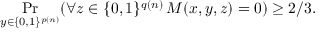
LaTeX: \Pr _ { y \in \{ 0 , 1 \} ^ { p ( n ) } } ( \forall z \in \{ 0 , 1 \} ^ { q ( n ) } \, M ( x , y , z ) = 0 ) \geq 2 / 3 .